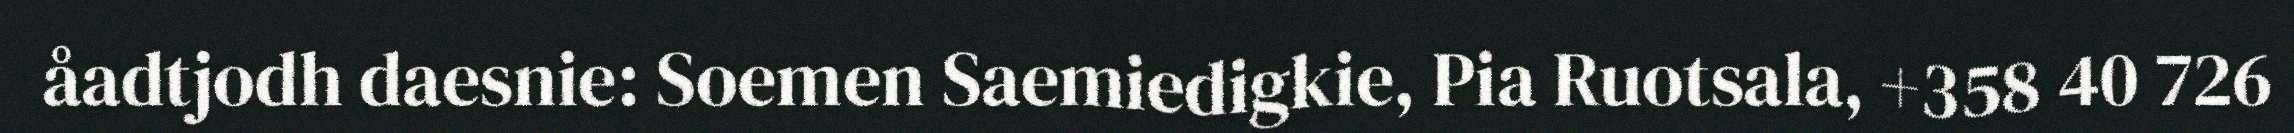
åadtjodh daesnie: Soemen Saemiedigkie, Pia Ruotsala, +358 40 726